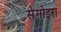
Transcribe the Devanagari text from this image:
सेगोइरा